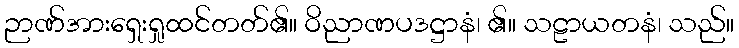
ဉာဏ်အားရှေးရှုထင်တတ်၏။ ဝိညာဏပဒဋ္ဌာနံ၊ ၏။ သဠာယတနံ၊ သည်။